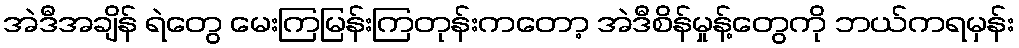
အဲဒီအချိန် ရဲတွေ မေးကြမြန်းကြတုန်းကတော့ အဲဒီစိန်မှုန့်တွေကို ဘယ်ကရမှန်း